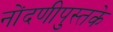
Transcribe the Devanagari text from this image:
नोंदणीपुस्तके